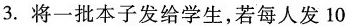
3.将一批本子发给学生，若每人发10